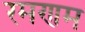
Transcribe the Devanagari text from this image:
रमणम